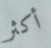
أكثر